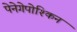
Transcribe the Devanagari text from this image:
पेनेगेपोश्किन